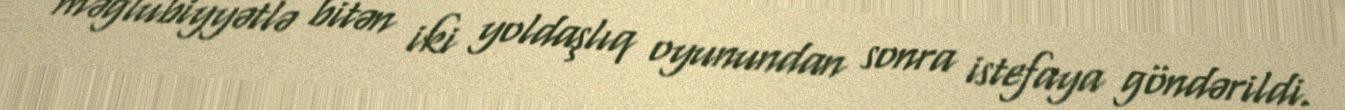
məğlubiyyətlə bitən iki yoldaşlıq oyunundan sonra istefaya göndərildi.